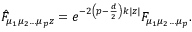
\hat { F } _ { \mu _ { 1 } \mu _ { 2 } \ldots \mu _ { p } z } = e ^ { - 2 \left( p - \frac { d } { 2 } \right) k | z | } F _ { \mu _ { 1 } \mu _ { 2 } \ldots \mu _ { p } } .